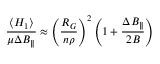
\frac { \left\langle H _ { 1 } \right\rangle } { \mu \Delta B _ { \parallel } } \approx \left( \frac { R _ { G } } { n \rho } \right) ^ { 2 } \left( 1 + \frac { \Delta B _ { \parallel } } { 2 B } \right)